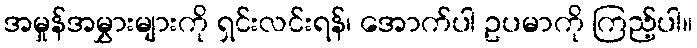
အမှုန်အမွှားများကို ရှင်းလင်းရန်၊ အောက်ပါ ဥပမာကို ကြည့်ပါ။